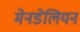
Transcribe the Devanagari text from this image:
मेनडेलियन